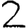
Digit: 2